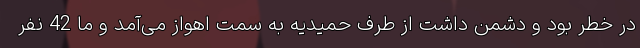
در خطر بود و دشمن داشت از طرف حمیدیه به سمت اهواز می‌آمد و ما 42 نفر